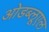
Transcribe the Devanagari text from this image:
ओडब्लूएल